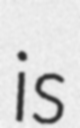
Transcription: is